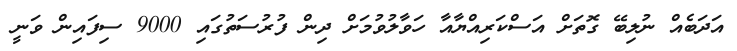
އަދަބެއް ނުލިބޭ ގޮތަށް އަސްކަރިއްޔާއާ ހަވާލުވުމަށް ދިން ފުރުސަތުގައި 9000 ސިފައިން ވަނީ